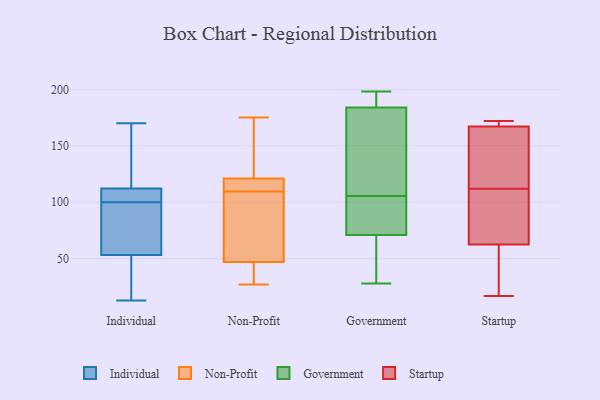
{"axis": {"x": "Customer Acquisition Cost (USD)", "y": "Value"}, "legend": ["Government", "Individual", "Non-Profit", "Startup"], "data": [{"x": "", "y": 81, "type": "Individual"}, {"x": "", "y": 110, "type": "Individual"}, {"x": "", "y": 113, "type": "Individual"}, {"x": "", "y": 15, "type": "Individual"}, {"x": "", "y": 57, "type": "Individual"}, {"x": "", "y": 13, "type": "Individual"}, {"x": "", "y": 52, "type": "Individual"}, {"x": "", "y": 116, "type": "Individual"}, {"x": "", "y": 104, "type": "Individual"}, {"x": "", "y": 100, "type": "Individual"}, {"x": "", "y": 170, "type": "Individual"}, {"x": "", "y": 115, "type": "Non-Profit"}, {"x": "", "y": 69, "type": "Non-Profit"}, {"x": "", "y": 121, "type": "Non-Profit"}, {"x": "", "y": 153, "type": "Non-Profit"}, {"x": "", "y": 88, "type": "Non-Profit"}, {"x": "", "y": 119, "type": "Non-Profit"}, {"x": "", "y": 175, "type": "Non-Profit"}, {"x": "", "y": 47, "type": "Non-Profit"}, {"x": "", "y": 45, "type": "Non-Profit"}, {"x": "", "y": 41, "type": "Non-Profit"}, {"x": "", "y": 170, "type": "Non-Profit"}, {"x": "", "y": 112, "type": "Non-Profit"}, {"x": "", "y": 27, "type": "Non-Profit"}, {"x": "", "y": 107, "type": "Non-Profit"}, {"x": "", "y": 198, "type": "Government"}, {"x": "", "y": 94, "type": "Government"}, {"x": "", "y": 173, "type": "Government"}, {"x": "", "y": 94, "type": "Government"}, {"x": "", "y": 49, "type": "Government"}, {"x": "", "y": 38, "type": "Government"}, {"x": "", "y": 137, "type": "Government"}, {"x": "", "y": 55, "type": "Government"}, {"x": "", "y": 187, "type": "Government"}, {"x": "", "y": 184, "type": "Government"}, {"x": "", "y": 98, "type": "Government"}, {"x": "", "y": 86, "type": "Government"}, {"x": "", "y": 28, "type": "Government"}, {"x": "", "y": 186, "type": "Government"}, {"x": "", "y": 198, "type": "Government"}, {"x": "", "y": 136, "type": "Government"}, {"x": "", "y": 71, "type": "Government"}, {"x": "", "y": 113, "type": "Government"}, {"x": "", "y": 49, "type": "Startup"}, {"x": "", "y": 161, "type": "Startup"}, {"x": "", "y": 17, "type": "Startup"}, {"x": "", "y": 91, "type": "Startup"}, {"x": "", "y": 113, "type": "Startup"}, {"x": "", "y": 55, "type": "Startup"}, {"x": "", "y": 40, "type": "Startup"}, {"x": "", "y": 122, "type": "Startup"}, {"x": "", "y": 169, "type": "Startup"}, {"x": "", "y": 172, "type": "Startup"}, {"x": "", "y": 169, "type": "Startup"}, {"x": "", "y": 85, "type": "Startup"}, {"x": "", "y": 109, "type": "Startup"}, {"x": "", "y": 112, "type": "Startup"}, {"x": "", "y": 170, "type": "Startup"}]}